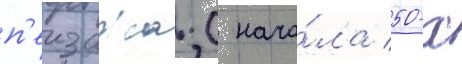
п'еизажа. с нача́ла 50-х